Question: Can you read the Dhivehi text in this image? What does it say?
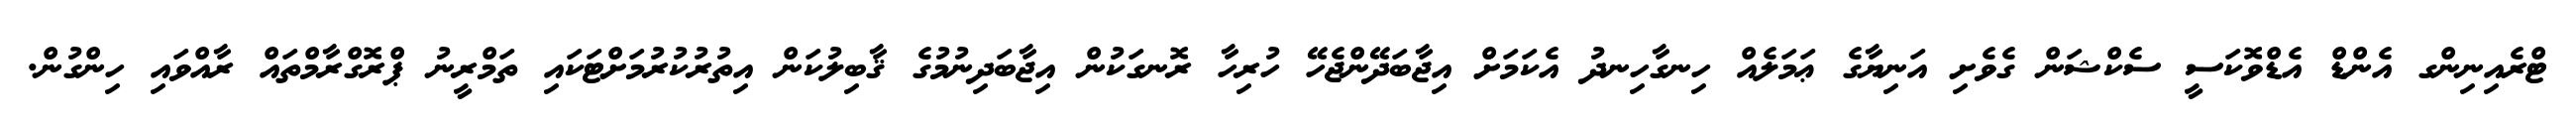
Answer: ޓްރެއިނިންގ އެންޑް އެޑްވޮކަސީ ސެކްޝަން ގެވެށި އަނިޔާގެ ޢަމަލެއް ހިނގާހިނދު އެކަމަށް އިޖާބަދޭންޖެހޭ ހުރިހާ ރޮނގަކުން އިޖާބަދިނުމުގެ ޤާބިލުކަން އިތުރުކުރުމަށްޓަކައި ތަމްރީނު ޕްރޮގްރާމްތައް ރާއްވައި ހިންގުން.